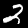
Label: 2